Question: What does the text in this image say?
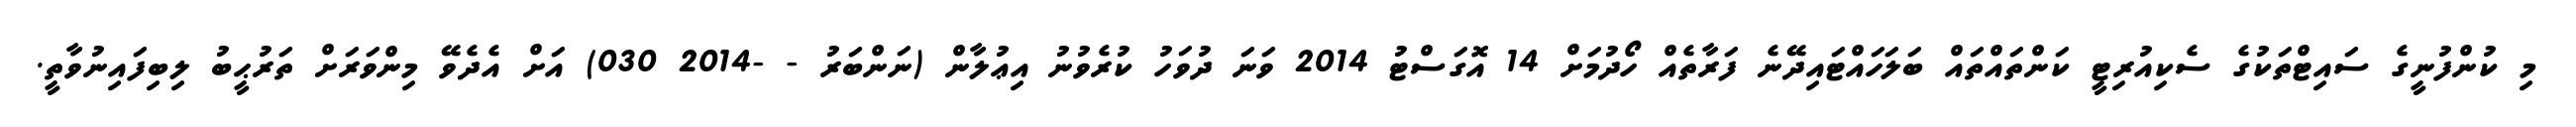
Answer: މި ކުންފުނީގެ ސައިޓްތަކުގެ ސެކިއުރިޓީ ކަންތައްތައް ބަލަހައްޓައިދޭނެ ފަރާތެއް ހޯދުމަށް 14 އޮގަސްޓު 2014 ވަނަ ދުވަހު ކުރެވުނު އިޢުލާން (ނަންބަރު - -2014 030) އަށް އެދެވޭ މިންވަރަށް ތަރުޙީބު ލިބިފައިނުވާތީ.